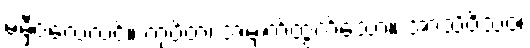
မမှီဝဲလေလင့်။ ကုပိတံ၊ အမျက်ထွက်သော။ အာသိဝိသံဝ၊